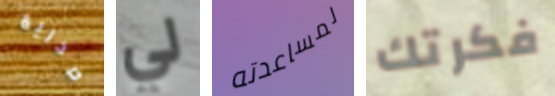
صدرية لي لمساعدته فكرتك